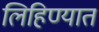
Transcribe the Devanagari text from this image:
लिहिण्‍यात